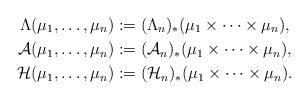
LaTeX: \begin{align*}\Lambda(\mu_{1},\dots,\mu_{n})&:=(\Lambda_{n})_{*}(\mu_{1}\times\cdots\times\mu_{n}), \\{\mathcal A}(\mu_{1},\dots,\mu_{n})&:=({\mathcal A}_{n})_{*}(\mu_{1}\times\dots\times\mu_{n}), \\{\mathcal H}(\mu_{1},\dots,\mu_{n})&:=({\mathcal H}_{n})_{*}(\mu_{1}\times\dots\times\mu_{n}). \end{align*}